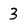
Character: 3